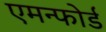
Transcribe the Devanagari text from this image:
एमन्फोर्ड